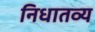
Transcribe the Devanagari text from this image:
निधातव्य